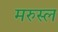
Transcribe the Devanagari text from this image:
मरुस्ल